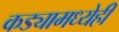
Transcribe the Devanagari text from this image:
कड्यामध्येही